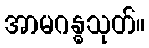
အာမဂန္ဓသုတ်။